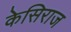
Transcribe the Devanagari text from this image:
केसिराज